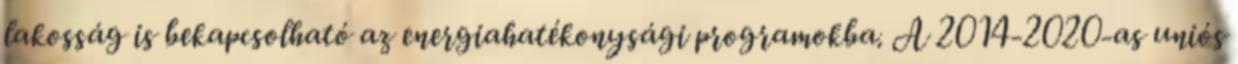
lakosság is bekapcsolható az energiahatékonysági programokba. A 2014-2020-as uniós